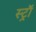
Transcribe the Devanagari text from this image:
स्ट्राॅ